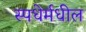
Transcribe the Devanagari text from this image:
स्पधेर्मधील